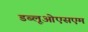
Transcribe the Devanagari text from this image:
डब्लूओएसएम